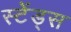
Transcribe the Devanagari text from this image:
स्टेंड्स